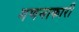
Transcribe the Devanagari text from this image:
गणनाकारी